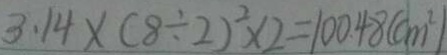
3 . 1 4 \times ( 8 \div 2 ) ^ { 2 } \times 2 = 1 0 0 . 4 8 ( c m ^ { 2 } )